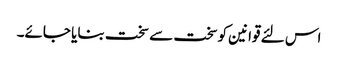
اس لئے قوانین کوسخت سے سخت بنایا جائے۔